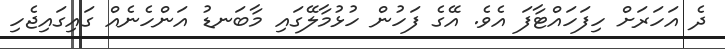
ދެ އަހަރަށް ހިފަހައްޓާފަ އެވެ. އޭގެ ފަހުން ހުޅުމާލޭގައި މާބަނޑު އަންހެނެއް ގައިގައިޖެހި